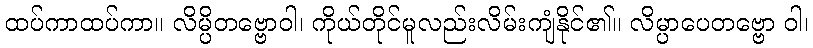
ထပ်ကာထပ်ကာ။ လိမ္ပိတဗ္ဗောဝါ၊ ကိုယ်တိုင်မူလည်းလိမ်းကျံနိုင်၏။ လိမ္ပာပေတဗ္ဗော ဝါ၊